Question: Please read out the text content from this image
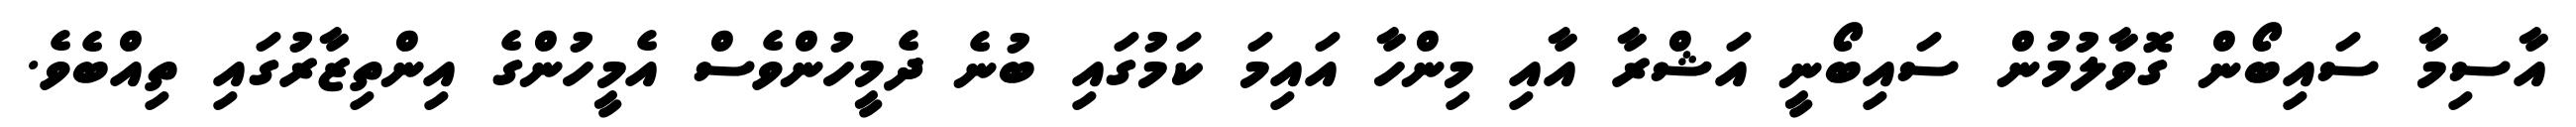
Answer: އާސިމާ ސައިބޯން ގޮވާލުމުން ސައިބޯނީ އަޝްރާ އާއި މިންހާ އައިމަ ކަމުގައި ބުނެ ދެމީހުންވެސް އެމީހުންގެ އިންތިޒާރުގައި ތިއްބެވެ.